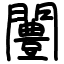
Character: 闦